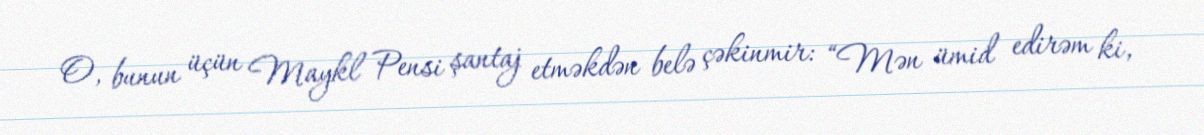
O, bunun üçün Maykl Pensi şantaj etməkdən belə çəkinmir: “Mən ümid edirəm ki,